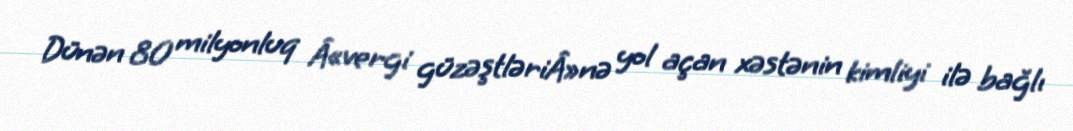
Dünən 80 milyonluq Â«vergi güzəştləriÂ»nə yol açan xəstənin kimliyi ilə bağlı